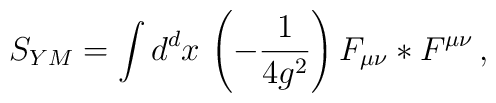
S_{YM} = \int d^d x\,          \left( -\frac{1}{4 g^2} \right)           F_{\mu\nu} *F^{\mu\nu}          \, ,